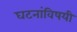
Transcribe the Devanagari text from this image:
घटनांविषयी